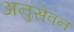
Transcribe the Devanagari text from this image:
अनुसेवन